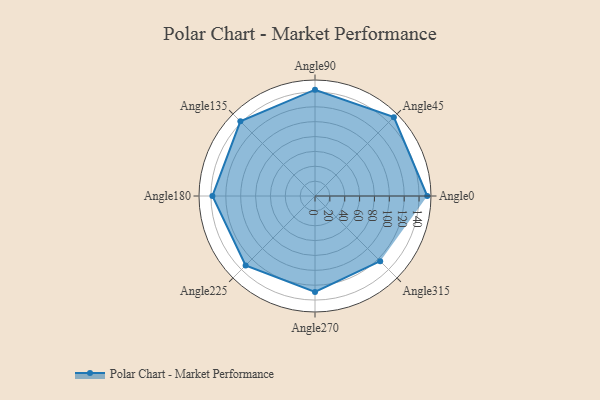
{"axis": {"x": "Angle", "y": "Radius"}, "legend": [""], "data": [{"x": "Angle0", "y": 151.0, "type": ""}, {"x": "Angle45", "y": 150.0, "type": ""}, {"x": "Angle90", "y": 143.0, "type": ""}, {"x": "Angle135", "y": 142.0, "type": ""}, {"x": "Angle180", "y": 138.0, "type": ""}, {"x": "Angle225", "y": 132.0, "type": ""}, {"x": "Angle270", "y": 129.0, "type": ""}, {"x": "Angle315", "y": 124.0, "type": ""}]}